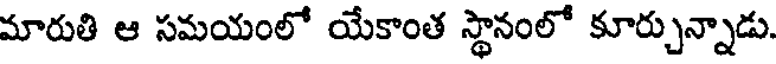
మారుతి ఆ సమయంలో యేకాంత స్థానంలో కూర్చున్నాడు.